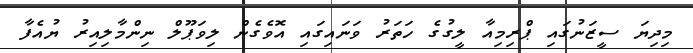
މިދިޔަ ސީޒަނުގައި ޕްރިމިއާ ލީގުގެ ހަތަރު ވަނައިގައި އޮވެގެން ލިވަޕޫލް ނިންމާލިއިރު ޔުއެފާ